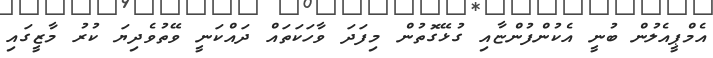
އެމްޕީއެލުން ބުނީ އެކުންފުންޏާއި ގުޅޭގޮތުން މިފަދަ ވާހަކަތައް ދައްކަނީ ވޭތުވެދިޔަ ކުރު މާޒީގައި